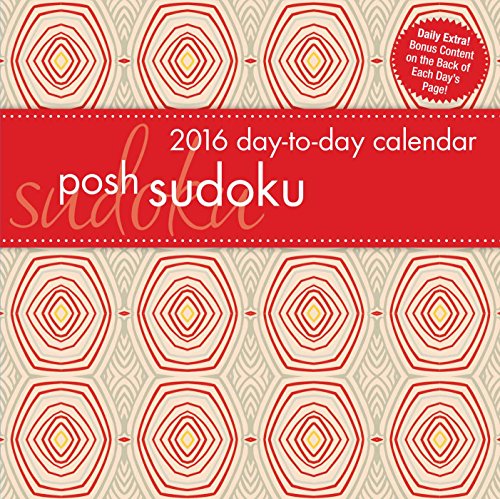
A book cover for Posh: Sudoku 2016 Day-to-Day Calendar; Andrews McMeel Publishing LLC; Calendars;